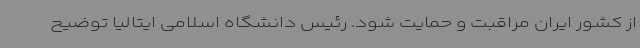
از کشور ایران مراقبت و حمایت شود. رئیس دانشگاه اسلامی ایتالیا توضیح